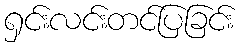
ရှင်းလင်းတင်ပြခြင်း